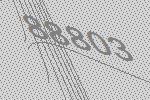
88803